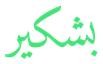
بشكير